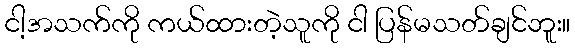
ငါ့အသက်ကို ကယ်ထားတဲ့သူကို ငါ ပြန်မသတ်ချင်ဘူး။